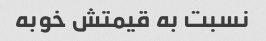
نسبت به قیمتش خوبه